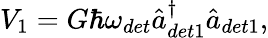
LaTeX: \begin{array}{r}{V_{1}=G\hbar\omega_{det}\hat{a}_{det1}^{\dagger}\hat{a}_{det1},}\end{array}